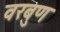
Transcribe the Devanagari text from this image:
वरबुण